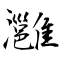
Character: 灉